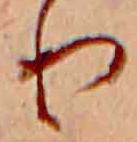
り